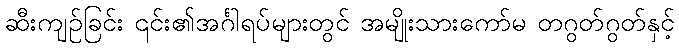
ဆီးကျဉ်ခြင်း ၎င်း၏အင်္ဂါရပ်များတွင် အမျိုးသားကော်မ တဂွတ်ဂွတ်နှင့်